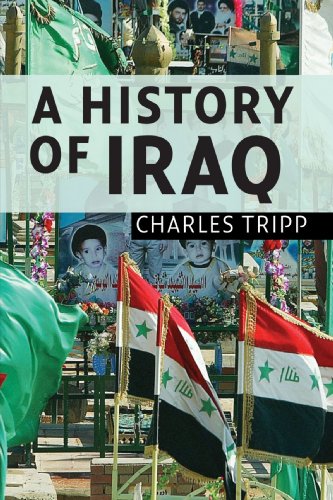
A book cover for A History of Iraq; Charles Tripp; History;